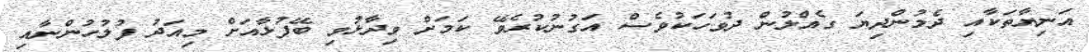
އަނިޔާތަކާއި ދެމުންދިޔަ ގެއްލުން ދުވަހަކުވެސް އަގުނުކުރެވޭ ކަމަށް ވިދާޅުވި ބޭފުުޅާއަށް މިއަދު ފުލުހުންނާއި